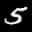
Label: 5